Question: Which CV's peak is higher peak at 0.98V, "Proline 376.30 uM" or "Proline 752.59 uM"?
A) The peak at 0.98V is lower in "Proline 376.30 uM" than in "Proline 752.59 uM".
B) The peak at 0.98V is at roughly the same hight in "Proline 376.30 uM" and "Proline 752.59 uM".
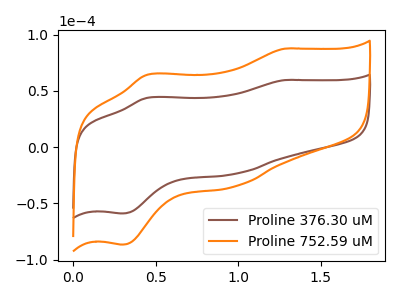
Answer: <think>The brown curve "Proline 376.30 uM" has anodic peaks at (1.30V, 59.50uA) (0.45V, 43.70uA) and cathodic peaks at (1.00V, -23.90uA) (0.30V, -59.00uA). The orange curve "Proline 752.59 uM" has anodic peaks at (1.30V, 87.45uA) (0.45V, 64.20uA) and cathodic peaks at (1.00V, -35.10uA) (0.30V, -86.65uA).</think>
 <answer>A) The peak at 0.98V is lower in "Proline 376.30 uM" than in "Proline 752.59 uM".</answer>
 <eval>A</eval>